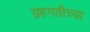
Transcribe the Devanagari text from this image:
ग्रहगतीच्या